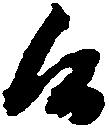
候